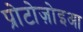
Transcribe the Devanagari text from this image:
प्रोटोज़ोइआ